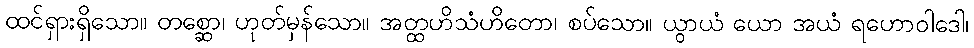
ထင်ရှားရှိသော။ တစ္ဆော၊ ဟုတ်မှန်သော။ အတ္ထဟိသံဟိတော၊ စပ်သော။ ယွာယံ ယော အယံ ရဟောဝါဒေါ၊